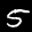
Digit: 5